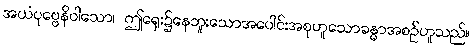
အယံပုဗ္ဗေနိဝါသော၊ ဤရှေး၌နေဘူးသောအပေါင်းအစုဟူသောခန္ဓာအစဉ်ဟူသည်။